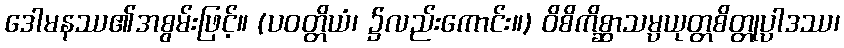
ဒေါမနဿ၏အစွမ်းဖြင့်။ (ပဝတ္တိယံ၊ ၌လည်းကောင်း။) ဝိစိကိစ္ဆာသမ္ပယုတ္တစိတ္တုပ္ပါဒဿ၊